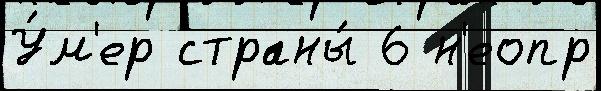
У́м'ер страны́ 6 н'еопр